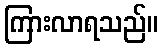
ကြားလာရသည်။